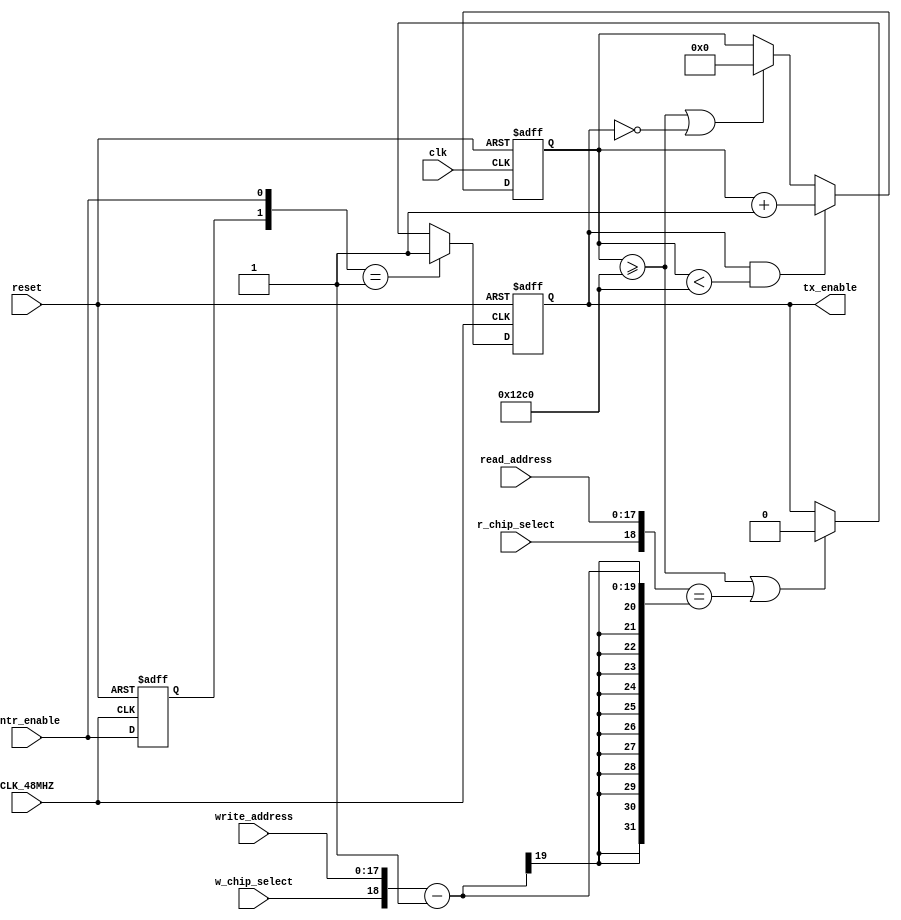
///////////////////////////////////////////////////////////////////////////////////////////////////
// Company: <Name>
//
// File history:
//      <Revision number>: <Date>: <Comments>
//      <Revision number>: <Date>: <Comments>
//      <Revision number>: <Date>: <Comments>
//
// Description: 
//
// <Description here>
//
// Targeted device: <Family::ProASIC3L> <Die::A3P1000L> <Package::484 FBGA>
//
/////////////////////////////////////////////////////////////////////////////////////////////////// 

//`timescale <time_units> / <precision>

module orbit_control(cntr_enable,clk,reset,CLK_48MHZ,write_address,read_address,w_chip_select,r_chip_select,tx_enable

);
input cntr_enable,clk,reset,CLK_48MHZ; //10 Hz clk --> 4800 cycles in 8 min
input [17:0] write_address;
input [17:0] read_address;
input w_chip_select;
input r_chip_select;
output tx_enable;

reg [13:0] cntr;
reg tx_enable_reg;
reg [1:0] enable_buffer;

reg [18:0] full_write_address;
reg [18:0] full_read_address;

assign tx_enable = tx_enable_reg;

always @(posedge clk or negedge reset) begin
    if (reset==1'b0) begin
        cntr = 0;
        //tx_enable_reg = 1'b0;
    end
    else if ((tx_enable_reg==1'b1) && (cntr<4800)) begin
        cntr = cntr + 1;
        //tx_enable_reg = 1'b1;
    end
    else if ((cntr >= 4800)||(tx_enable_reg==1'b0)) begin // if 8 min reached, stop counter, reset
        cntr = 0;
        //tx_enable_reg = 1'b0;
        
    end
end

always @(posedge CLK_48MHZ or negedge reset) begin
    if (reset==1'b0) begin
        tx_enable_reg=1'b0;
        enable_buffer=2'b00;
    end else begin
        enable_buffer[1]=enable_buffer[0];
        enable_buffer[0]=cntr_enable;

        full_read_address={r_chip_select,read_address};
        full_write_address={w_chip_select,write_address};

        if (enable_buffer==2'b01) begin
            tx_enable_reg=1'b1;
        end else if ((cntr>=4800)||(full_read_address==full_write_address-1)) begin
            tx_enable_reg=1'b0;
        end

 
    end

end

//always @(*) begin
//    if ((cntr_enable) && (cntr<4800)) begin
//        cntr = cntr + 1;
//        tx_enable_reg = 1'b1;
//    end
//    else if (cntr >= 4800) begin // if 8 min reached, stop counter, reset
//        cntr = 0;
//        tx_enable_reg = 1'b0;
        
//    end
//end
//always @(posedge cntr_begin) begin
//        cntr_enable <= 1'b1;

    

//end

endmodule